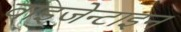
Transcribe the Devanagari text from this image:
वाइजेन्टाइन